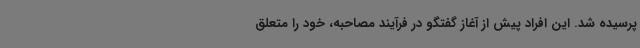
پرسیده شد. این افراد پیش از آغاز گفتگو در فرآیند مصاحبه، خود را متعلق